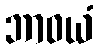
ဘာဝယံ